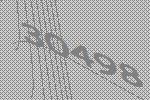
30498